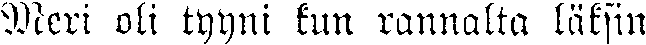
Meri oli tyyni kun rannalta läksin